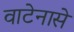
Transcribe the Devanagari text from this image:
वाटेनासे